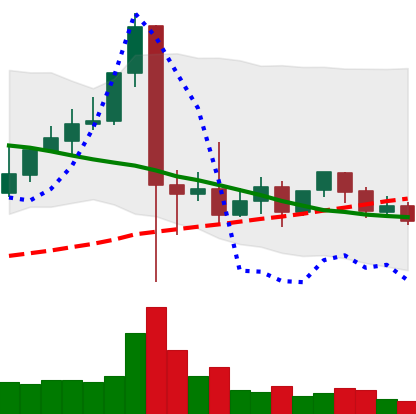
Ticker: XLM-USD
Chart end date: 2021-09-19
Forward return: -10.325%
Label: down_7plus